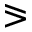
\eqslantgtr